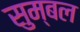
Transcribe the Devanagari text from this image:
सुम्बल